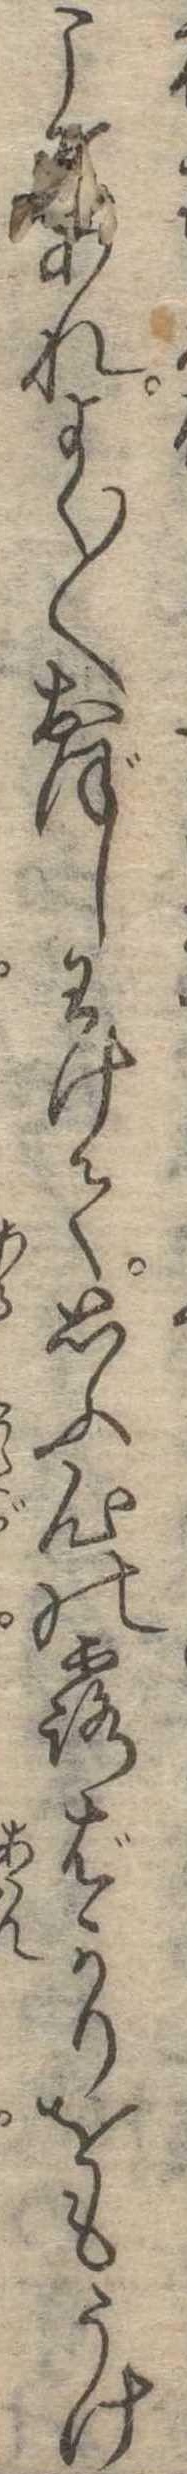
こそあれよく〱おぼしわけて思ふ心の露ばかりをもうけ